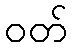
ဝတ်